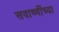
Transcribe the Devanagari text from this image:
सवाष्णींच्या